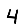
Digit: 4